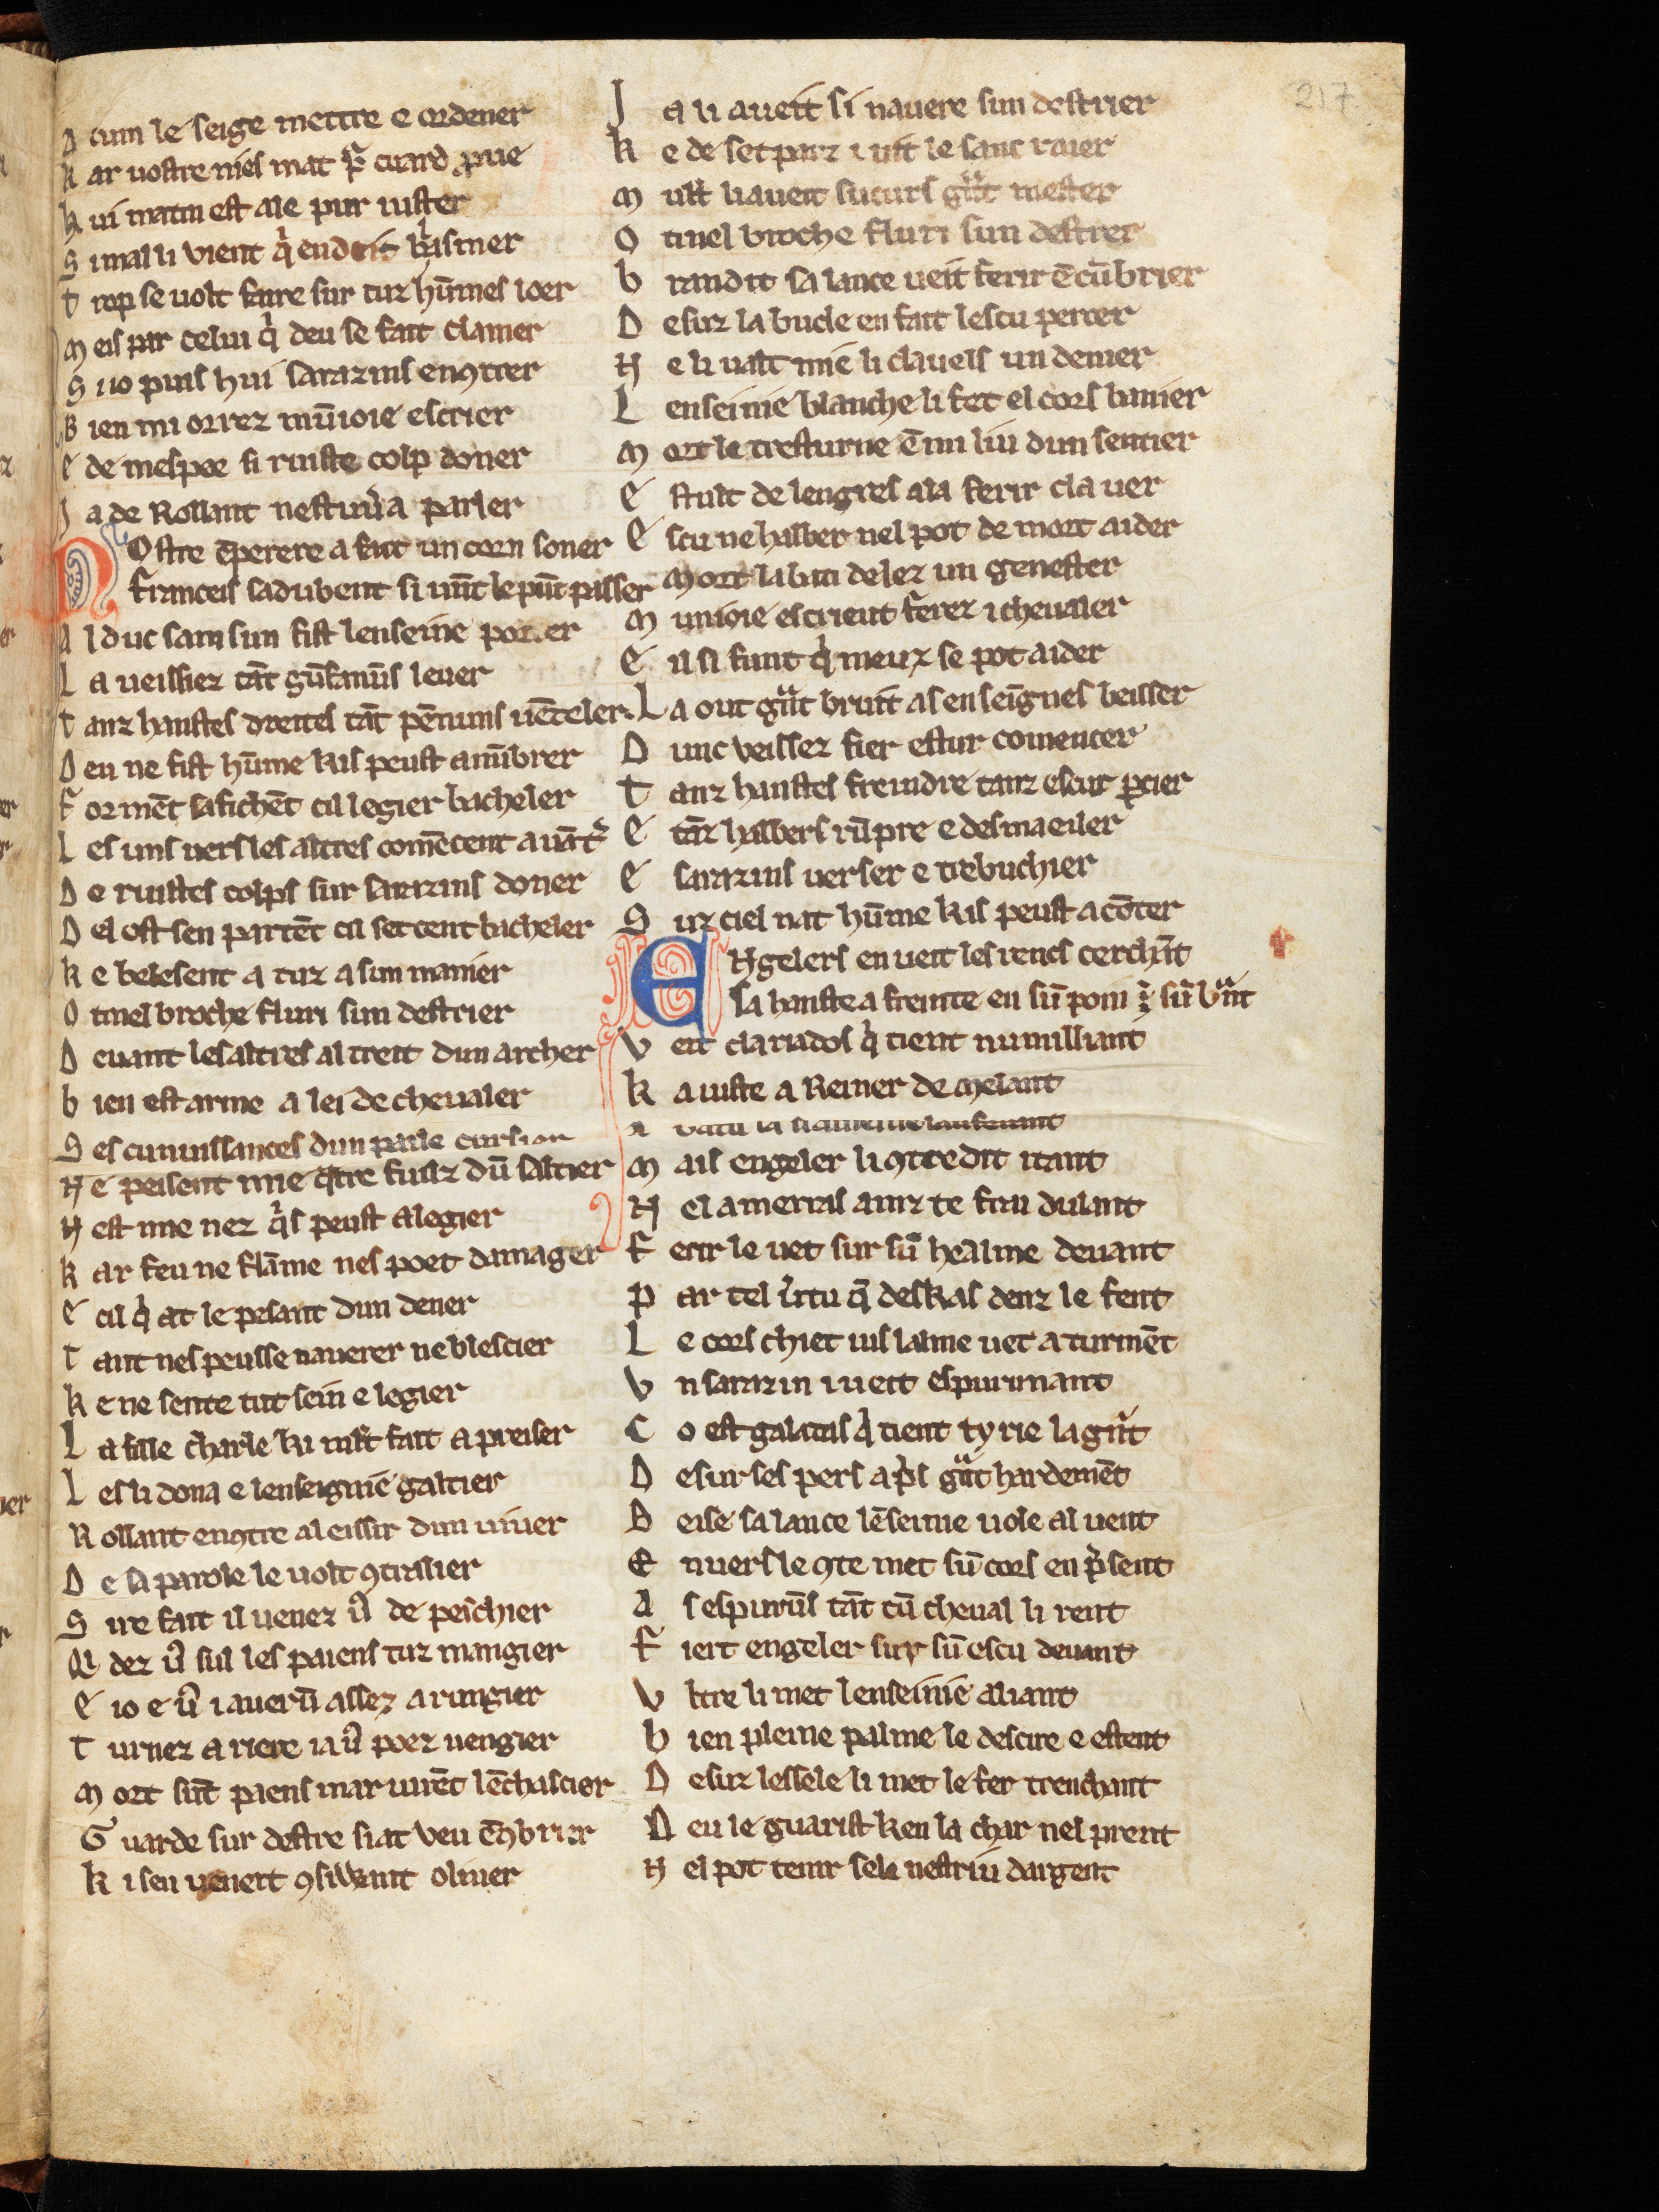
Shelfmark: Cologne, Bodmer, 168
Century: 13